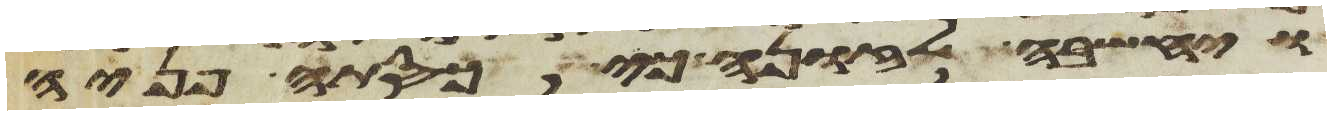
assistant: ויחשבה לזונה כי כסתה פניה